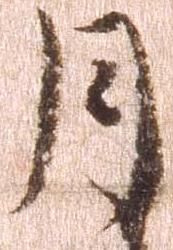
月